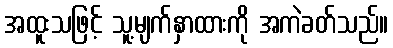
အထူးသဖြင့် သူ့မျက်နှာထားကို အကဲခတ်သည်။